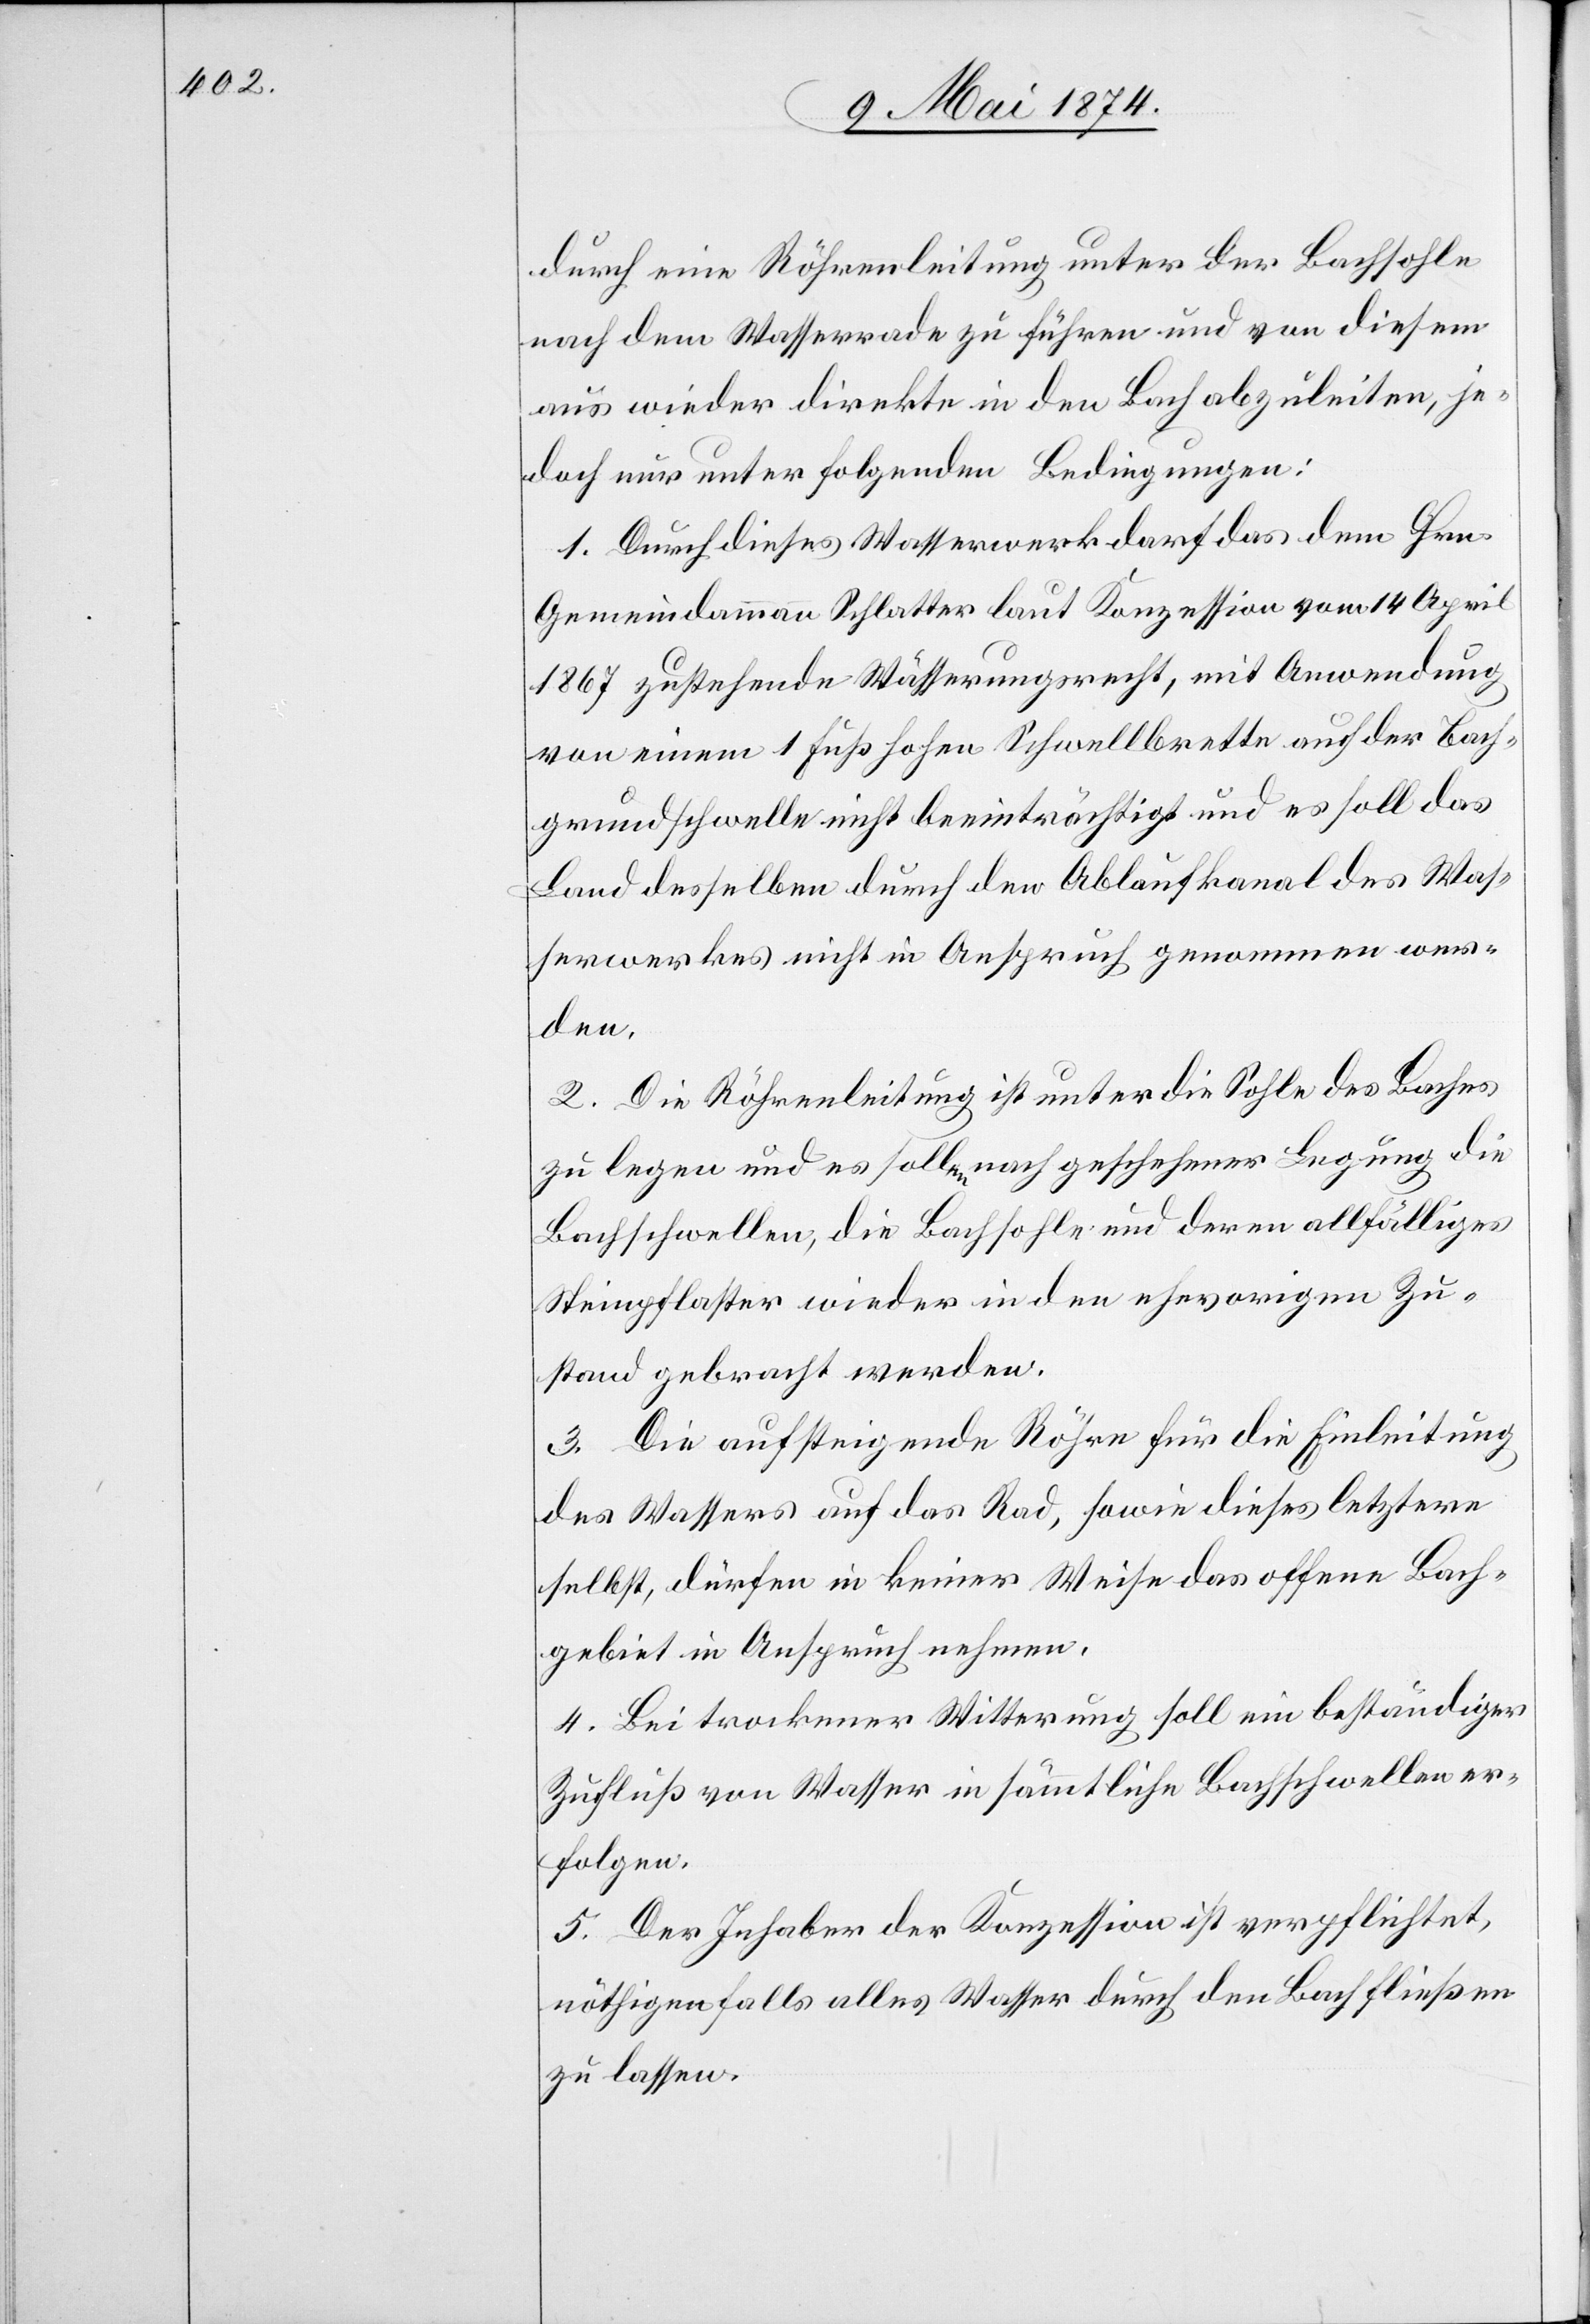
durch eine Röhrenleitung unter der Bachsohle
nach dem Wasserrade zu führen und von diesem
aus wieder direkte in den Bach abzuleiten, je¬
doch nur unter folgenden Bedingungen:
1. Durch dieses Wasserwerk darf das dem Hrn.
Gemeindammann Schlatter laut Konzession vom 14. April
1867 zustehende Wässerungsrecht, mit Anwendung
von einem 1 Fuß hohen Schwellbrette auf der Bach¬
grundschwelle nicht beeinträchtigt und es soll das
Land desselben durch den Ablaufkanal des Was¬
serwerkes nicht in Anspruch genommen wer¬
den.
2. Die Röhrenleitung ist unter die Sohle des Baches
zu legen und es sollen nach geschehener Legung die
Bachschwellen, die Bachsohle und deren allfälliges
Steinpflaster wieder in den ehevorigen Zu¬
stand gebracht werden.
3. Die aufsteigende Röhre für die Einleitung
des Wassers auf das Rad, sowie dieses letztere
selbst, dürfen in keiner Weise das offene Bach¬
gebiet in Anspruch nehmen.
4. Bei trockener Witterung soll ein beständiger
Zufluß von Wasser in sämmtliche Bachschwellen er¬
folgen.
5. Der Inhaber der Konzession ist verpflichtet,
nöthigenfalls alles Wasser durch den Bach fließen
zu lassen.